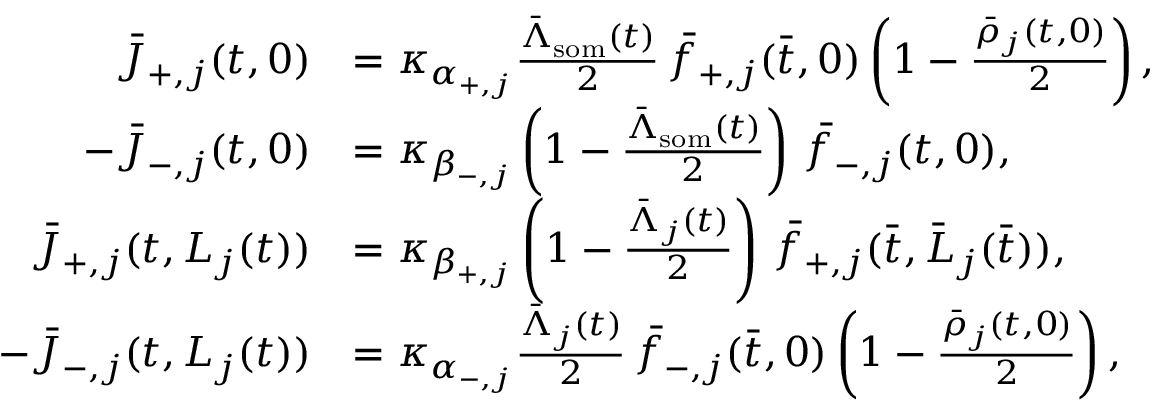
\begin{array} { r l } { \bar { J } _ { + , j } ( t , 0 ) } & { = \kappa _ { \alpha _ { + , j } } \frac { \bar { \Lambda } _ { \mathrm { s o m } } ( t ) } { 2 } \, \bar { f } _ { + , j } ( \bar { t } , 0 ) \left( 1 - \frac { \bar { \rho } _ { j } ( t , 0 ) } { 2 } \right) , } \\ { - \bar { J } _ { - , j } ( t , 0 ) } & { = \kappa _ { \beta _ { - , j } } \left( 1 - \frac { \bar { \Lambda } _ { \mathrm { s o m } } ( t ) } { 2 } \right) \, \bar { f } _ { - , j } ( t , 0 ) , } \\ { \bar { J } _ { + , j } ( t , L _ { j } ( t ) ) } & { = \kappa _ { \beta _ { + , j } } \left( 1 - \frac { \bar { \Lambda } _ { j } ( t ) } { 2 } \right) \, \bar { f } _ { + , j } ( \bar { t } , \bar { L } _ { j } ( \bar { t } ) ) , } \\ { - \bar { J } _ { - , j } ( t , L _ { j } ( t ) ) } & { = \kappa _ { \alpha _ { - , j } } \frac { \bar { \Lambda } _ { j } ( t ) } { 2 } \, \bar { f } _ { - , j } ( \bar { t } , 0 ) \left( 1 - \frac { \bar { \rho } _ { j } ( t , 0 ) } { 2 } \right) , } \end{array}